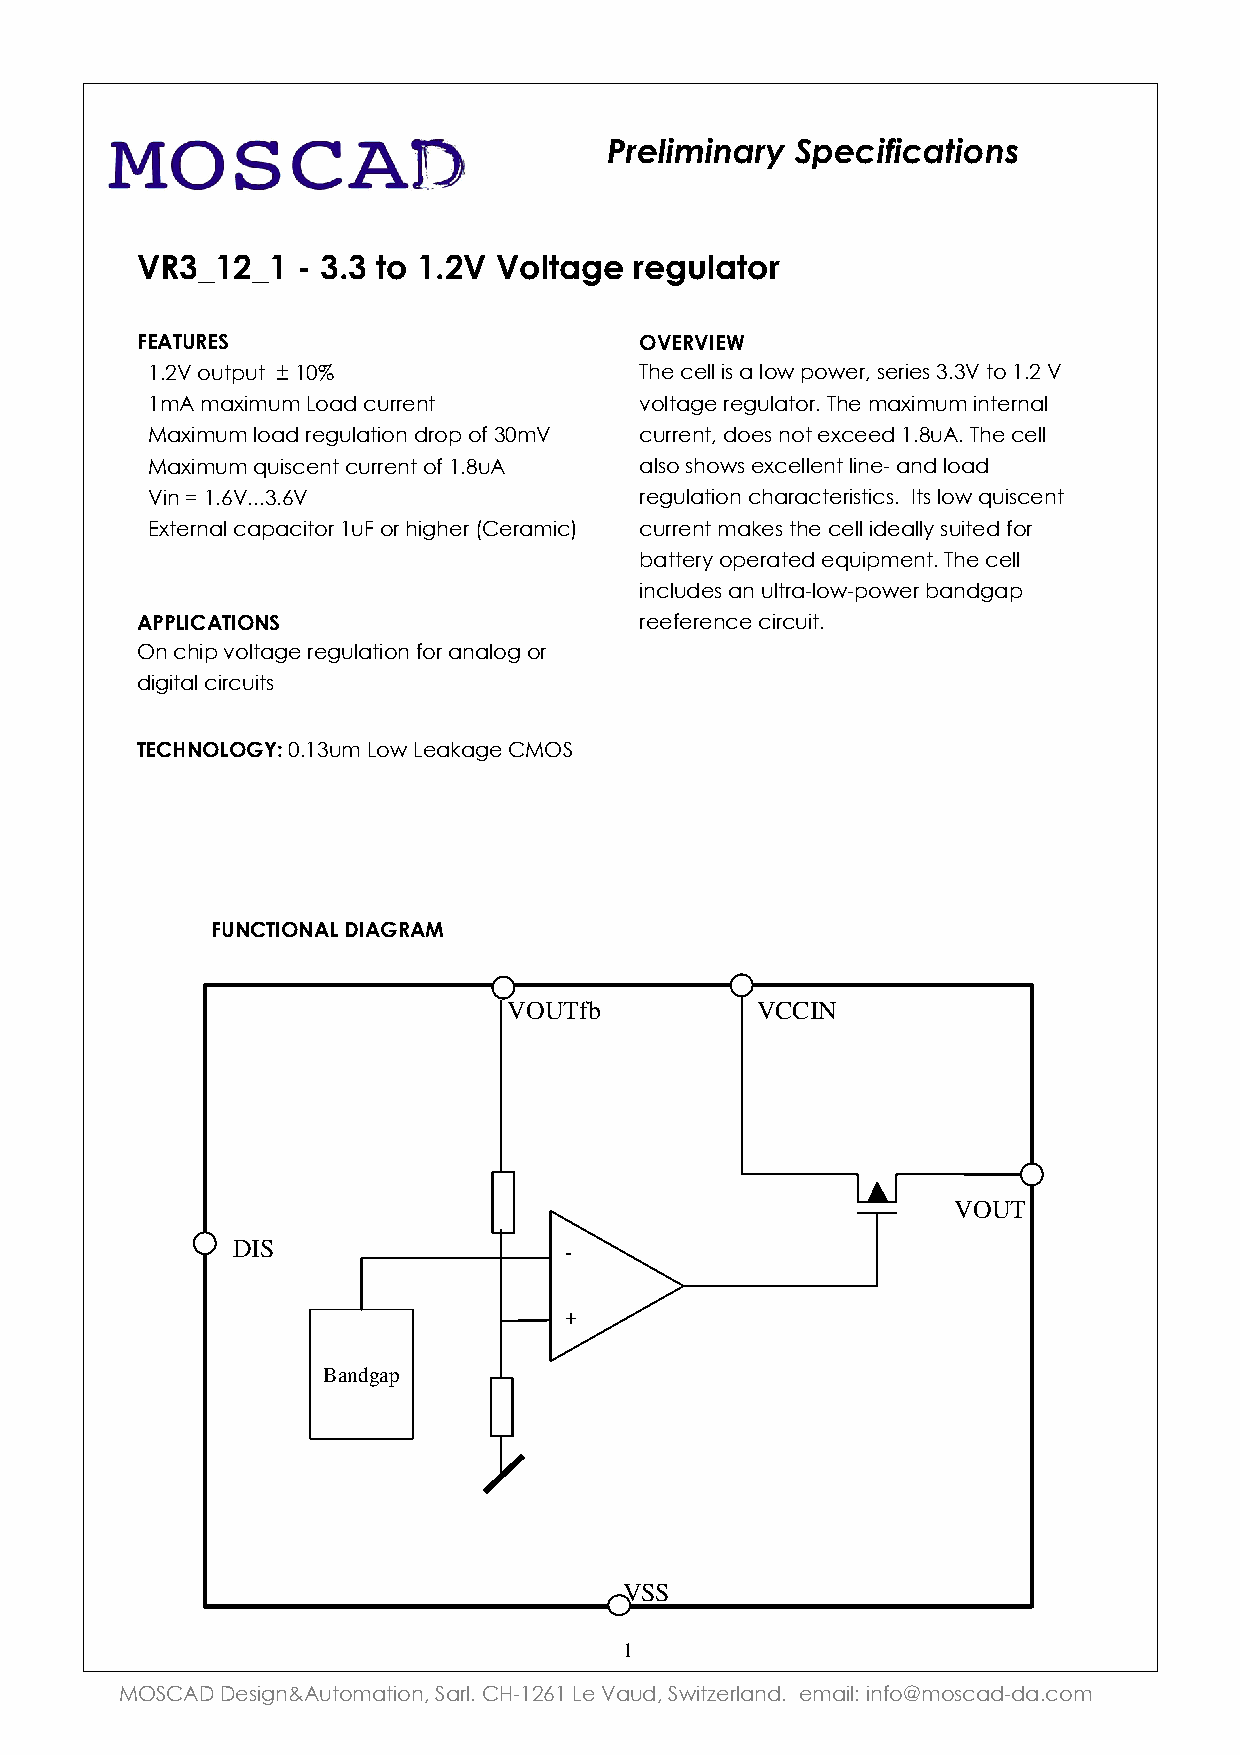
!"#$%&%'(")*+,#-%.%-(/%0'1
 !"#$%&$%'('#)#'*+'%)&!'!+,*-./'0/.1,-*+0
 23456"37                         <!3"!:3B
 !!"#$%!&'()'(!!*!"+,             MD6!4699!1>!/!9&J!)&J65N!>6516>!<#<%!(&!"#$!%
 !!"-.!-/01-'-!2&/3!4'5567(       I&9(/:6!56:'9/(&5#!MD6!-/01-'-!17(657/9
 !!8/01-'-!9&/3!56:'9/(1&7!35&)!&;!<+-% 4'5567(N!3&6>!7&(!604663!"#?'.#!MD6!4699
 !!8/01-'-!='1>467(!4'5567(!&;!"#?'. /9>&!>D&J>!60469967(!9176O!/73!9&/3
 !!%17!@!"#A%###<#A%              56:'9/(1&7!4D/5/4(651>(14>#!!P(>!9&J!='1>467(
 !!B0(657/9!4/)/41(&5!"'C!&5!D1:D65!EF65/-14G 4'5567(!-/K6>!(D6!4699!136/99Q!>'1(63!;&5
 !                                R/((65Q!&)65/(63!6='1)-67(#!MD6!4699
 1749'36>!/7!'9(5/O9&JO)&J65!R/73:/)
 4889:;45:<=7                     566;656746!4154'1(#
 H7!4D1)!I&9(/:6!56:'9/(1&7!;&5!/7/9&:!&5 '
 31:1(/9!4154'1(>
 53;>=<9<?@A!+#"<'-!2&J!26/K/:6!F8HL
 '
 '26=;5:<=49'C:4?"4D
 VVOOUUTTffbb    VVCCCCIINN
 VVOOUUTT
 DDIISS                --
 ++
 BBaannddggaapp
 VVSSSS
 1
 8HLF.S!S6>1:7T.'(&-/(1&7N!L/59#!FUO"$A"!26!%/'3N!LJ1(V659/73#!!6-/19W!17;&X-&>4/3O3/#4&-